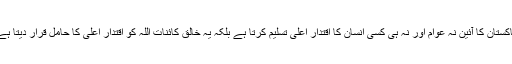
پاکستان کا آئین نہ عوام اور نہ ہی کسی انسان کا اقتدار اعلیٰ تسلیم کرتا ہے بلکہ یہ خالق کائنات اللہ کو اقتدار اعلیٰ کا حامل قرار دیتا ہے۔